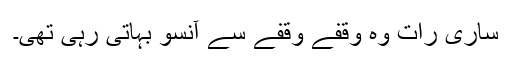
ساری رات وہ وقفے وقفے سے آنسو بہاتی رہی تھی۔